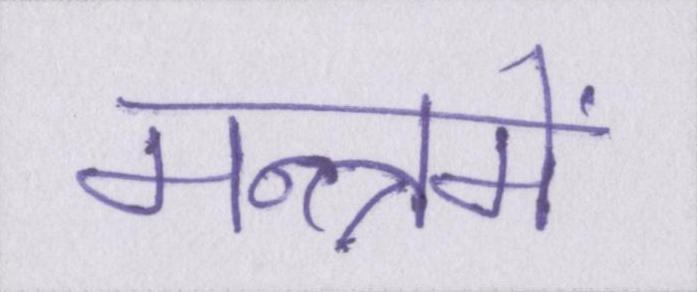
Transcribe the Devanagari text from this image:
मन्त्रमें